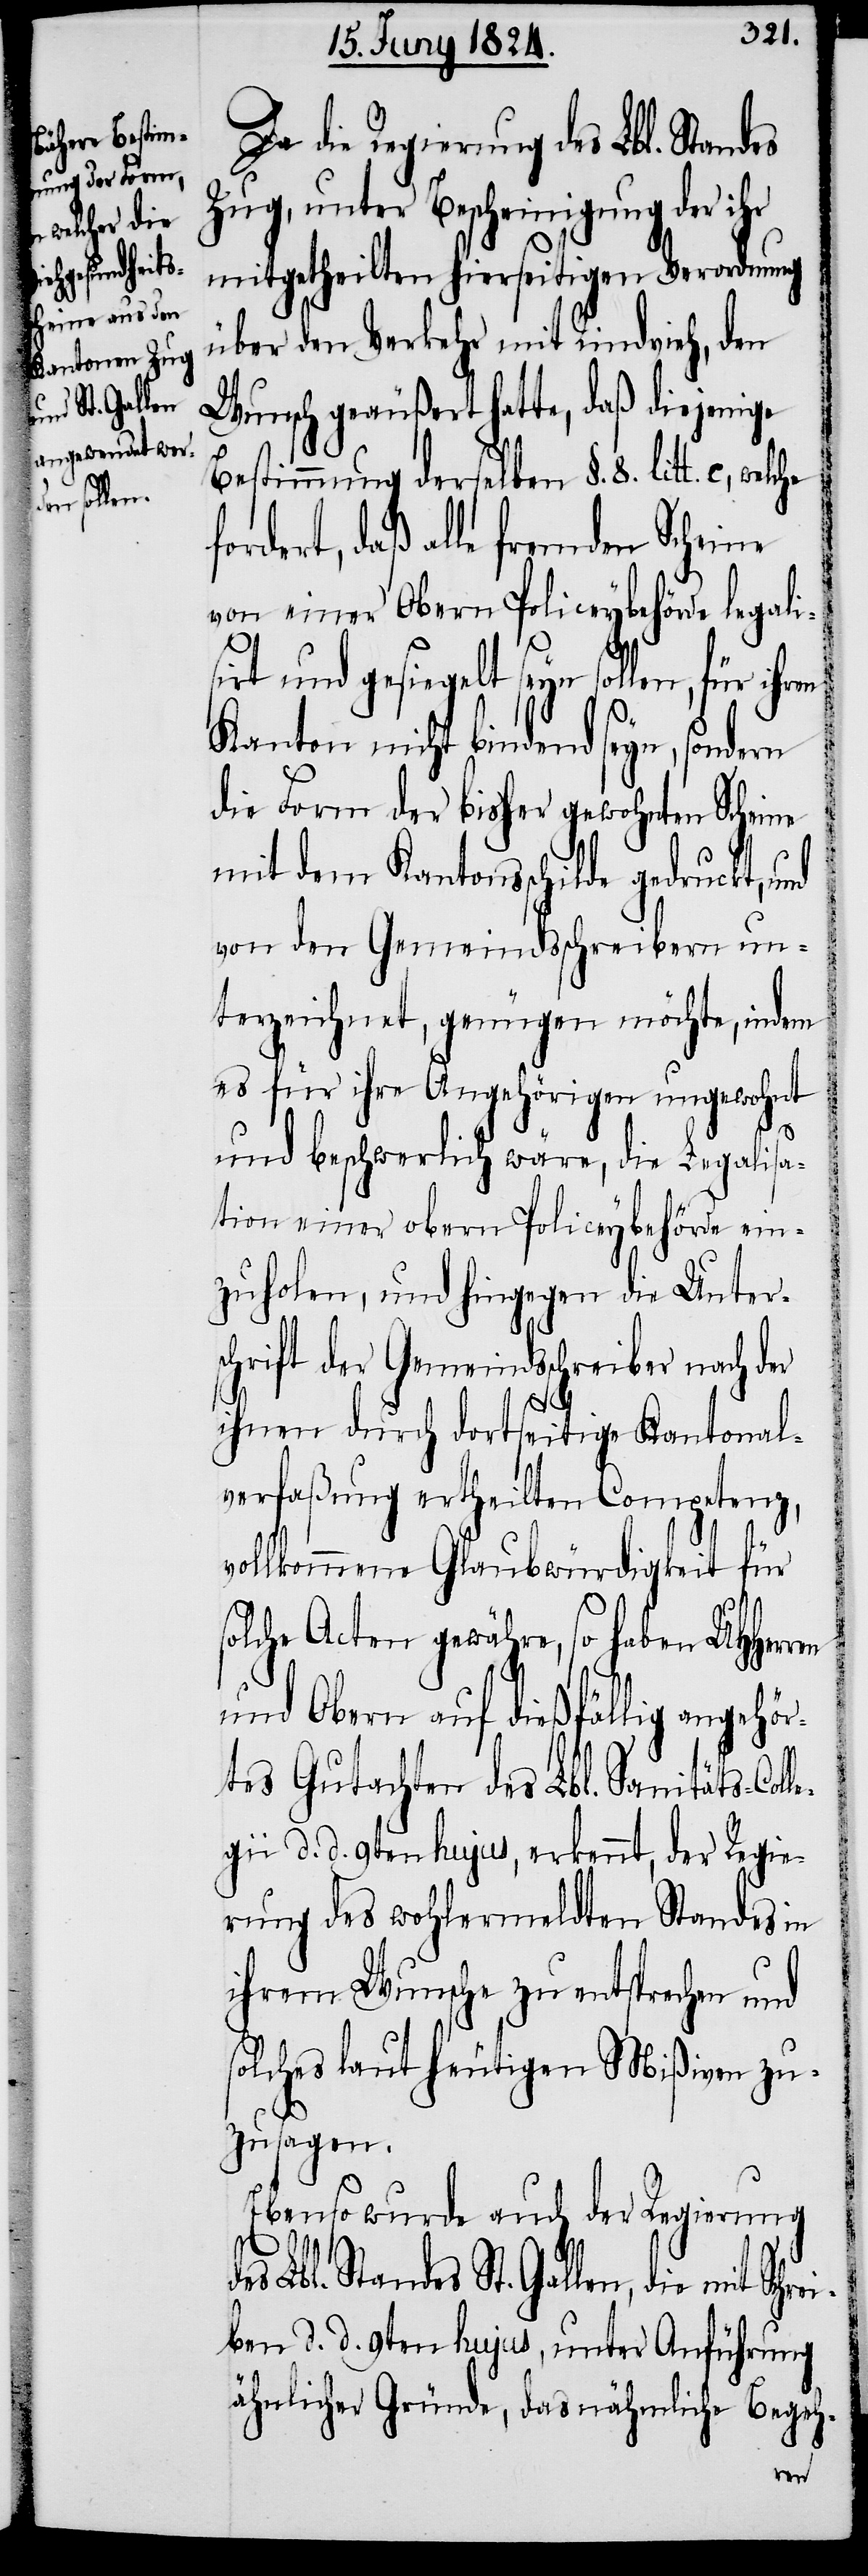
welche f¬
Schrei¬

Da die Regierung des Lbl. Standes
Zug, unter Bescheinigung der ihr
mitgetheilten hierseitigen Verordnung
über den Verkehr mit Rindvieh, den
Wunsch geäußert hatte, daß diejenige
Bestimmung derselben §. 8. litt. c.,
ordert, daß alle fremden Scheine
von einer Obern Policeybehörde legalis¬
irt und gesiegelt seyn sollen, für
Kanton nicht bindend seyn, sondern
die Form der bisher gewohnten Scheine
mit dem Kantonsschilde gedruckt, und
von den Gemeindsschreibern un¬
terzeichnet, genügen möchte, indem
es für ihre Angehörigen ungewohnt
und beschwerlich wäre, die Legalisa¬
tion einer obern Policeybehörde ein¬
zuholen, und hingegen die Unter¬
schrift der Gemeindsschreiber nach der
ihnen durch dortseitige Kantonal¬
verfaßung ertheilten Competenz,
vollkommene Glaubwürdigkeit für
solche Acten gewähre, so haben UHHer¬
und Obern auf dießfällig angehör¬
tes Gutachten des Lbl. Sanitäts-Col¬
gii d. d. 9ten hujus, erkennt, der Regie¬
rung des wohlermeldten Standes in
ihrem Wunsche zu entsprechen und
solches laut heutigen Mißiven zu¬
zusagen.
Ebenso wurde auch der Regierung
Lbl. Standes St. Gallen, die mit
ben d. d. 9ten hujus, unter Anführung
ähnlicher Gründe, das nähmliche Begeh-
le¬